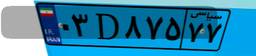
۵۸D۴۷۰۸۹